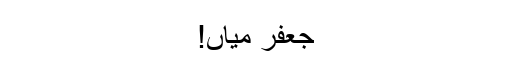
جعفر میاں!